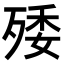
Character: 𣨙